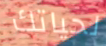
لحياتك